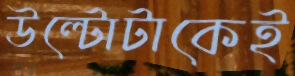
উল্টোটাকেই